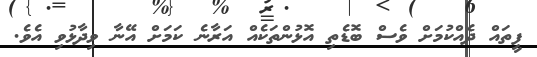
ފީތައް ދެއްކުމަށް ވެސް ބޮޑެތި އޮޅުންތަކެއް އަރާނެ ކަމަށް އޭނާ ވިދާޅުވި އެވެ.